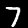
Label: 7